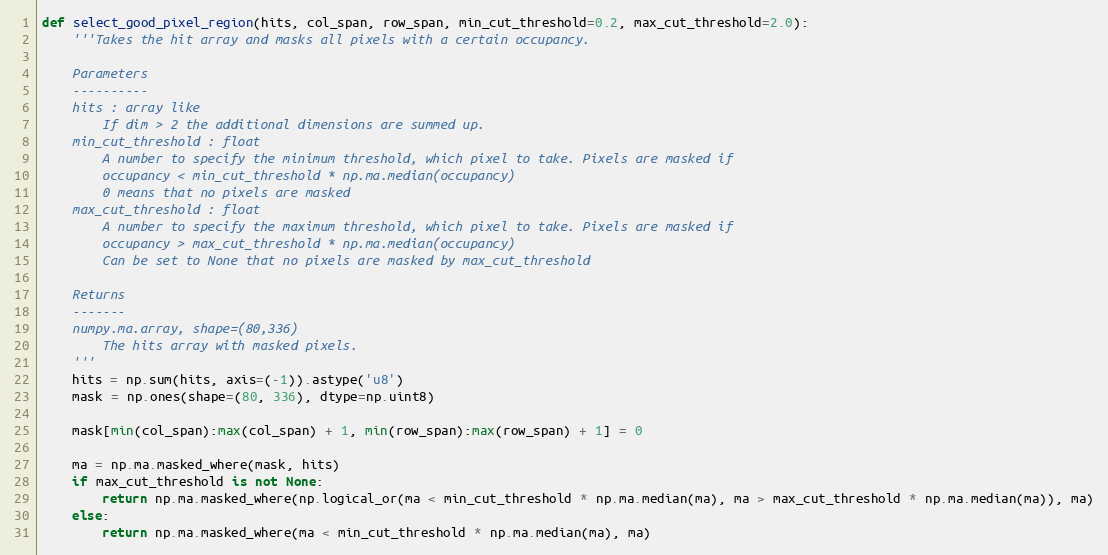
Language: Python
def select_good_pixel_region(hits, col_span, row_span, min_cut_threshold=0.2, max_cut_threshold=2.0):
    '''Takes the hit array and masks all pixels with a certain occupancy.

    Parameters
    ----------
    hits : array like
        If dim > 2 the additional dimensions are summed up.
    min_cut_threshold : float
        A number to specify the minimum threshold, which pixel to take. Pixels are masked if
        occupancy < min_cut_threshold * np.ma.median(occupancy)
        0 means that no pixels are masked
    max_cut_threshold : float
        A number to specify the maximum threshold, which pixel to take. Pixels are masked if
        occupancy > max_cut_threshold * np.ma.median(occupancy)
        Can be set to None that no pixels are masked by max_cut_threshold

    Returns
    -------
    numpy.ma.array, shape=(80,336)
        The hits array with masked pixels.
    '''
    hits = np.sum(hits, axis=(-1)).astype('u8')
    mask = np.ones(shape=(80, 336), dtype=np.uint8)

    mask[min(col_span):max(col_span) + 1, min(row_span):max(row_span) + 1] = 0

    ma = np.ma.masked_where(mask, hits)
    if max_cut_threshold is not None:
        return np.ma.masked_where(np.logical_or(ma < min_cut_threshold * np.ma.median(ma), ma > max_cut_threshold * np.ma.median(ma)), ma)
    else:
        return np.ma.masked_where(ma < min_cut_threshold * np.ma.median(ma), ma)